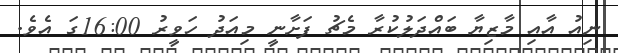
ނިއު އާއި މާޒިޔާ ބައްދަލުކުރާ މެޗު ފަށާނީ މިއަދު ހަވީރު 16:00ގަ އެެވެ.